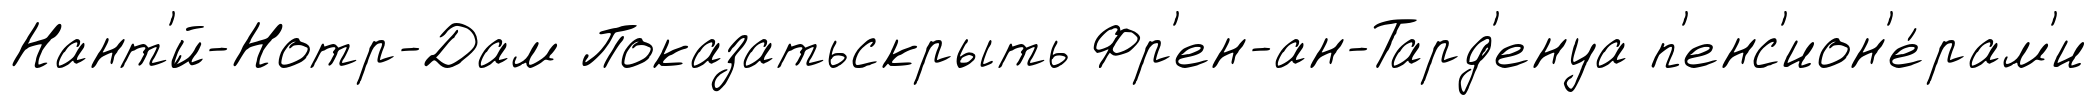
Нант'́й-Нотр-Дам Показатьскрыть Фр'ен-ан-Тард'енуа п'енс'ион'е́рам'и